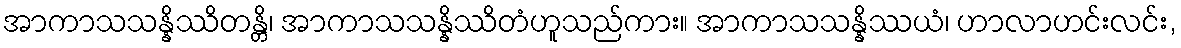
အာကာသသန္နိဿိတန္တိ၊ အာကာသသန္နိဿိတံဟူသည်ကား။ အာကာသသန္နိဿယံ၊ ဟာလာဟင်းလင်း,